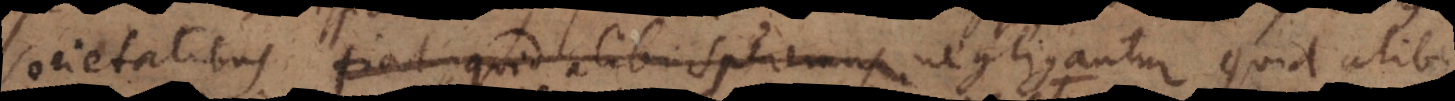
Societatibus fiat, quid alibi speremus negligantur, quid alibi